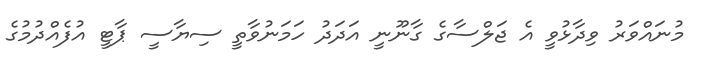
މުނައްވަރު ވިދާޅުވީ އެ ޖަލްސާގެ ގާނޫނީ އަދަދު ހަމަނުވާތީ ސިޔާސީ ޕާޓީ އުފެއްދުމުގެ